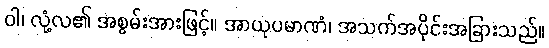
ဝါ၊ လုံ့လ၏ အစွမ်းအားဖြင့်။ အာယုပမာဏံ၊ အသက်အပိုင်းအခြားသည်။